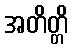
အတိတ္တိ